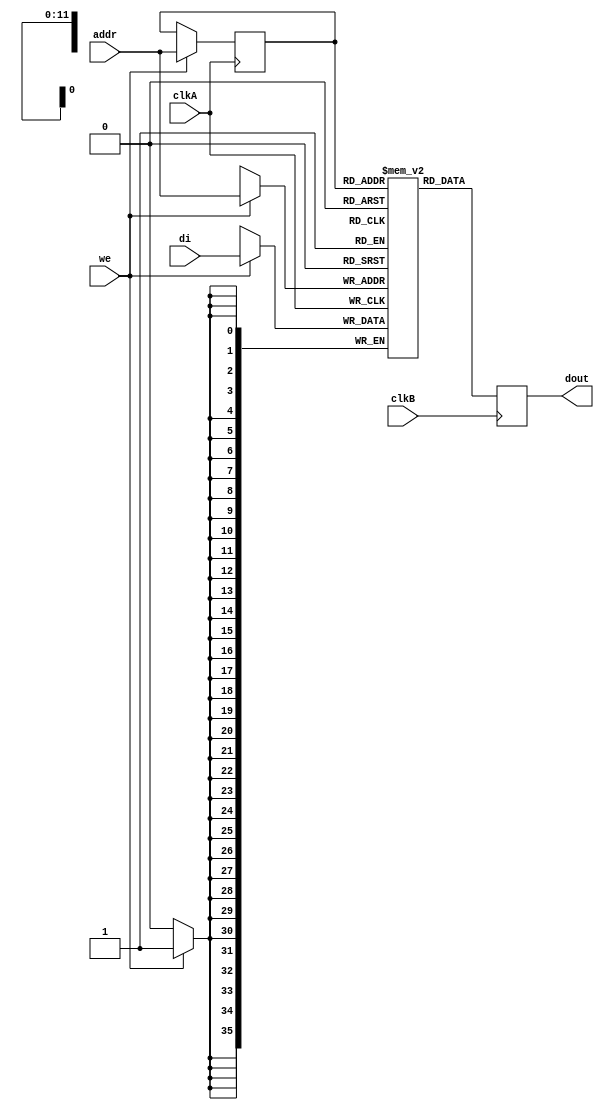

module rams_reg_io_sp_dc_4096x36 (clkA, clkB, we, addr, di, dout);
input clkA;
input clkB;
input we;
input [11:0] addr;
input [35:0] di;
output [35:0] dout;

reg [11:0] addr_reg;
reg [35:0] RAM [4095:0];
reg [35:0] dout;

always @(posedge clkA)
    begin
        if (we)
        begin
            RAM[addr] <= di;
            addr_reg <= addr;
        end
    end

always @ (posedge clkB) 
    begin
        dout <= RAM[addr_reg]; 
    end
endmodule